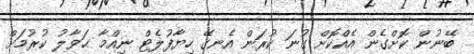
ބޭނުން ކޮށްގެން އެއްކޮށް ގުނަ ކުރަން އެނގޭ ހިޔާފުލެޓް ނިއްމާ ޙަވާލު ކުރުމަށް